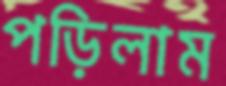
পড়িলাম